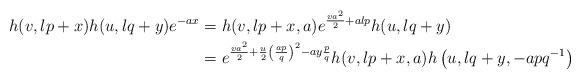
LaTeX: \begin{align*}h(v, lp+x)h(u, lq+y)e^{-ax}&=h(v, lp+x, a)e^{\frac{va^2}{2}+alp}h(u, lq+y)\\&=e^{\frac{va^2}{2}+\frac{u}{2}\left(\frac{ap}{q}\right)^2-ay\frac{p}{q}}h(v, lp+x, a)h\left(u, lq+y,-apq^{-1}\right)\end{align*}